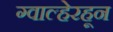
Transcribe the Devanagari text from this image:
ग्वाल्हेरहून